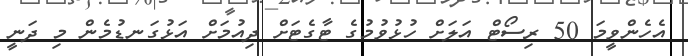
އެހެންވީމަ 50 ރިސޯޓް އަލަށް ހުޅުވުމުގެ ޓާގެޓަށް ދިއުމަށް އަޅުގަނޑުމެން މި ދަނީ